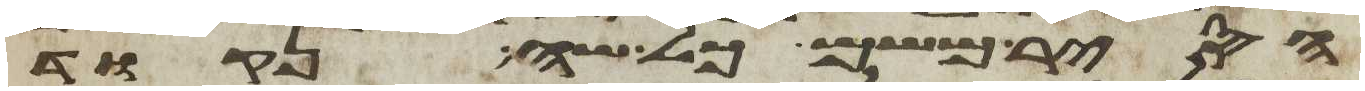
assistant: הסיר משם כל שה נקוד